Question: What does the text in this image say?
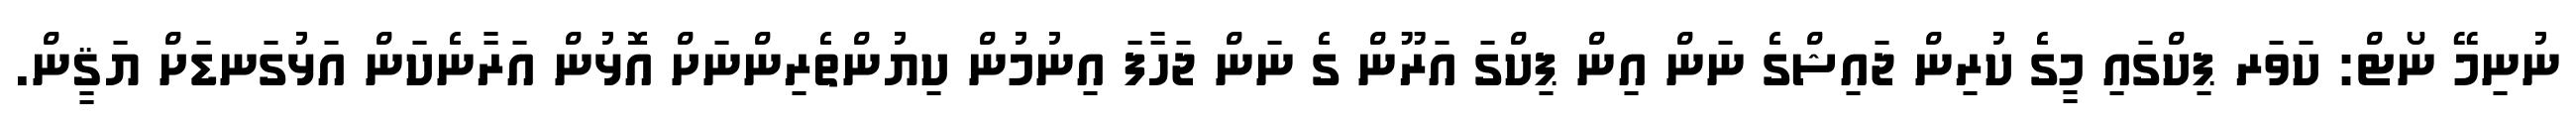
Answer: ނުނިމޭ ނޯޓް: ކަވަރ ޕިކްގައި މީގެ ކުރިން ޖައިޝްގެ ނަން އިން ޕިކްގަ އަރޫން ގެ ނަން ޖަހާފަ އިނުމުން ކިޔުންތެރިންނަށް އޮޅުން އަރާނެކަން އަޅުގަނޑަށް ޔަޤީން.